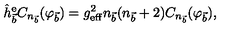
\hat { h } _ { \vec { b } } ^ { \mathrm { e } } C _ { n _ { \vec { b } } } ( \varphi _ { \vec { b } } ) = g _ { \mathrm { e f f } } ^ { 2 } n _ { \vec { b } } ( n _ { \vec { b } } + 2 ) C _ { n _ { \vec { b } } } ( \varphi _ { \vec { b } } ) ,